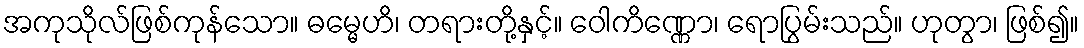
အကုသိုလ်ဖြစ်ကုန်သော။ ဓမ္မေဟိ၊ တရားတို့နှင့်။ ဝေါကိဏ္ဏော၊ ရောပြွမ်းသည်။ ဟုတွာ၊ ဖြစ်၍။